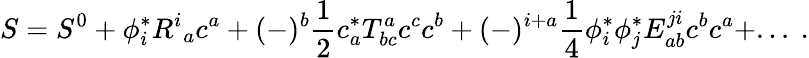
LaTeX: S=S^{0}+\phi_{i}^{*}R^{i}{}_{a}c^{a}+(-)^{b}\frac{1}{2}c_{a}^{*}T_{bc}^{a}c^{c}c^{b}+(-)^{i+a}\frac{1}{4}\phi_{i}^{*}\phi_{j}^{*}E_{ab}^{ji}c^{b}c^{a}+...\ .